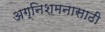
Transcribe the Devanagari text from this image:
अग्निशमनासाठी